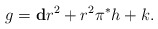
\begin{align*}g = \mathbf{d}r^2 + r^2 \pi^* h + k.\end{align*}